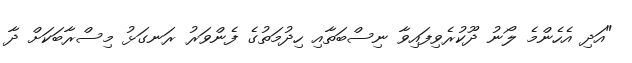
"އަދި އެހެންމެ ލޯނު ދޫކުރެވިފައިވާ ނިސްބަތާއި ހިދުމަތުގެ ފެންވަރު ރަނގަޅު މިސްރާބަކަށް ދާ